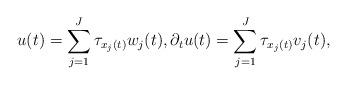
LaTeX: \begin{align*}u(t) = \sum\limits_{j = 1}^J {{\tau _{{x_j}(t)}}} {w_j}(t),{\rm{ }}{\partial _t}u(t) = \sum\limits_{j = 1}^J {{\tau _{{x_j}(t)}}} {v_j}(t),\end{align*}